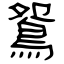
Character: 鴛